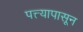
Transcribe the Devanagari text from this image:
पत्त्यापासून